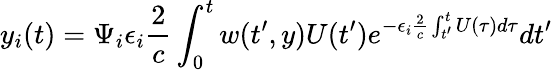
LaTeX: y_{i}(t)=\Psi_{i}\epsilon_{i}\frac{2}{c}\int_{0}^{t}w(t^{\prime},y)U(t^{\prime})e^{-\epsilon_{i}\frac{2}{c}\int_{t^{\prime}}^{t}U(\tau)d\tau}dt^{\prime}